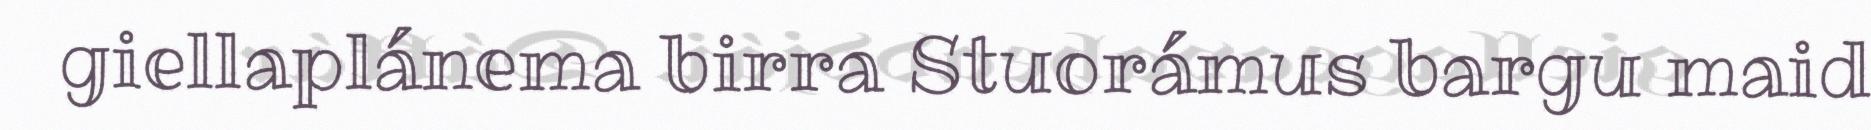
giellaplánema birra Stuorámus bargu maid